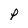
Character: P